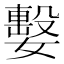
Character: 𡢖